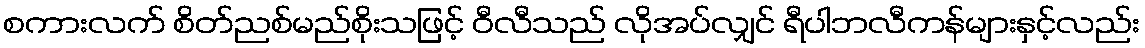
စကားလက် စိတ်ညစ်မည်စိုးသဖြင့် ဝီလီသည် လိုအပ်လျှင် ရီပါဘလီကန်များနှင့်လည်း